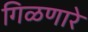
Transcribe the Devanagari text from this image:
गिळणारे